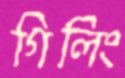
গিলিং